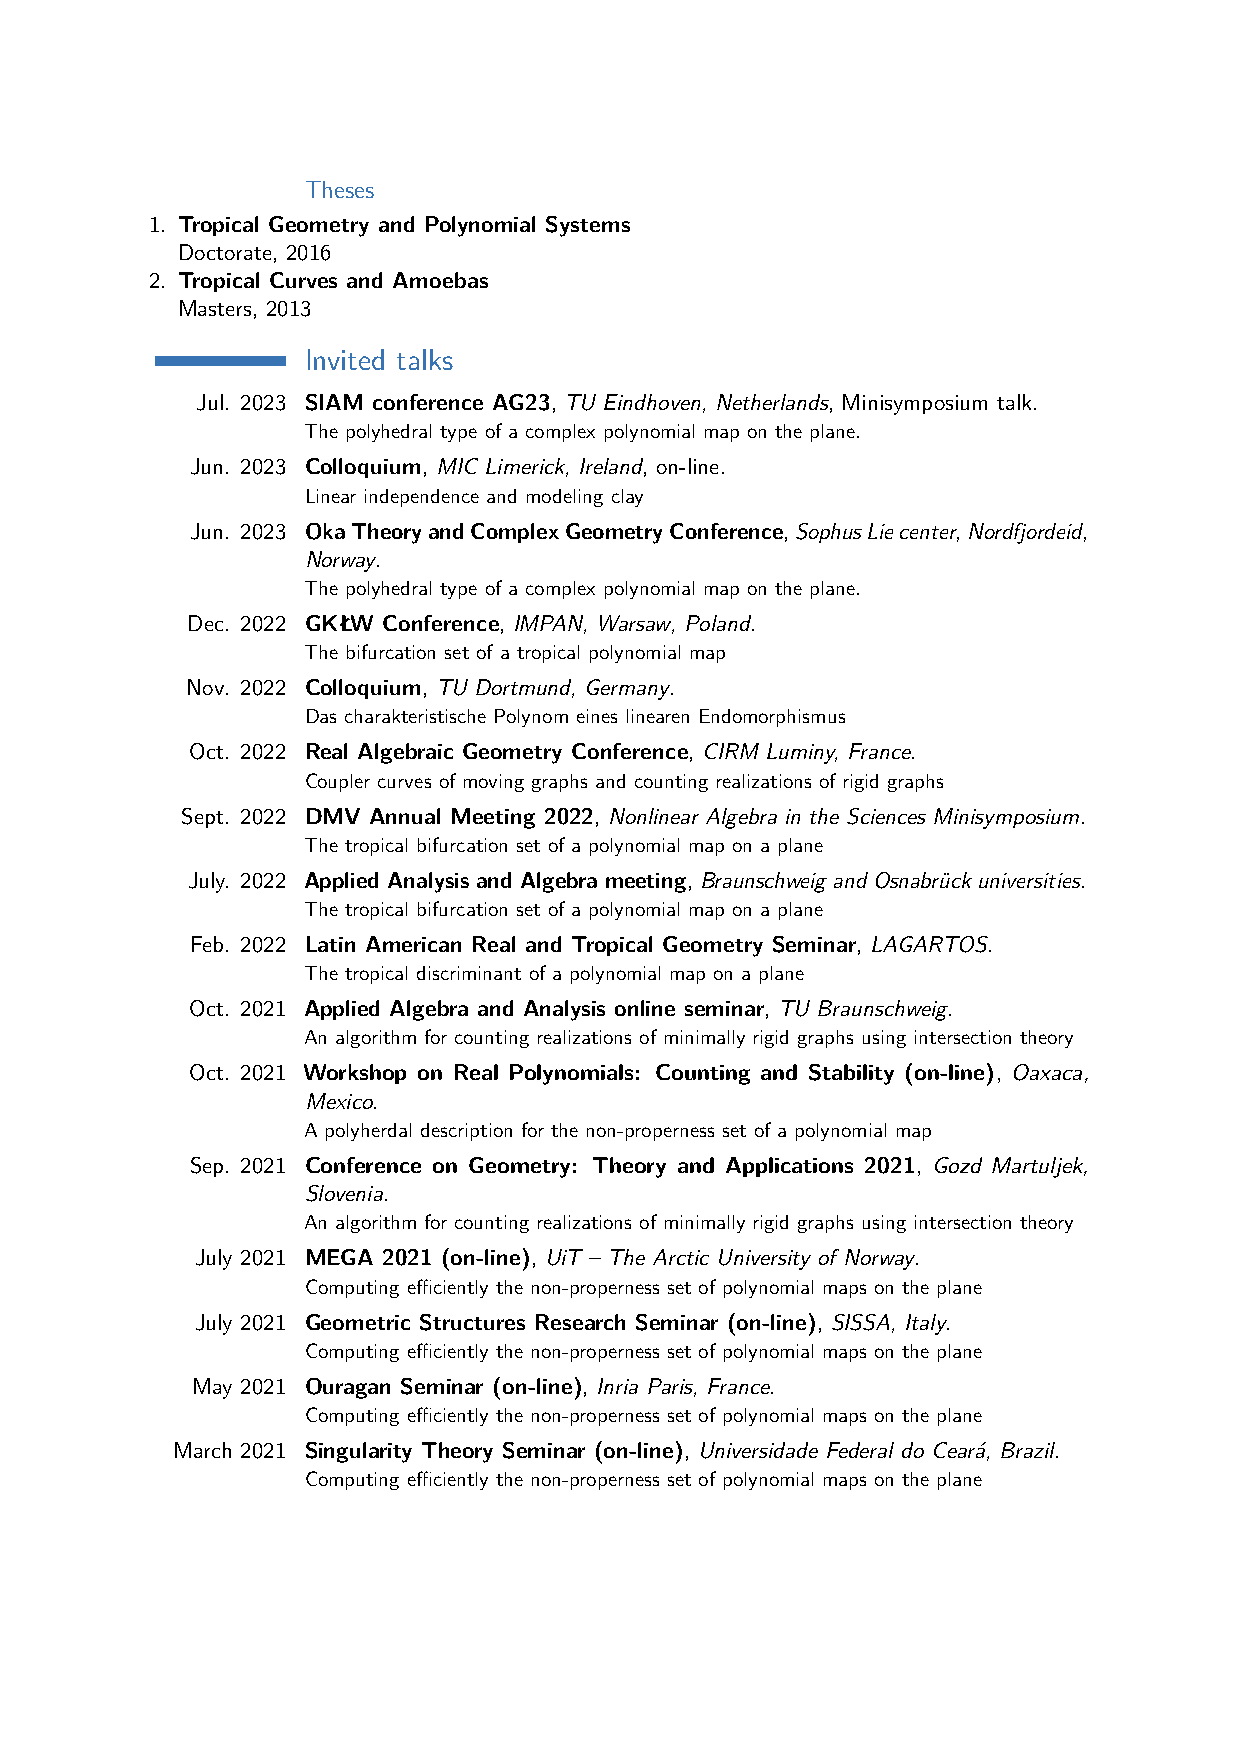
Theses
 1. Tropical Geometry and Polynomial Systems
 Doctorate, 2016
 2. Tropical Curves and Amoebas
 Masters, 2013
 Invited talks
 Jul. 2023 SIAM conference AG23, TU Eindhoven, Netherlands, Minisymposium talk.
 The polyhedral type of a complex polynomial map on the plane.
 Jun. 2023 Colloquium, MIC Limerick, Ireland, on-line.
 Linear independence and modeling clay
 Jun. 2023 OkaTheoryandComplexGeometryConference,SophusLiecenter,Nordfjordeid,
 Norway.
 The polyhedral type of a complex polynomial map on the plane.
 Dec. 2022 GKŁW Conference, IMPAN, Warsaw, Poland.
 The bifurcation set of a tropical polynomial map
 Nov. 2022 Colloquium, TU Dortmund, Germany.
 Das charakteristische Polynom eines linearen Endomorphismus
 Oct. 2022 Real Algebraic Geometry Conference, CIRM Luminy, France.
 Coupler curves of moving graphs and counting realizations of rigid graphs
 Sept. 2022 DMV Annual Meeting 2022, Nonlinear Algebra in the Sciences Minisymposium.
 The tropical bifurcation set of a polynomial map on a plane
 July. 2022 Applied Analysis and Algebra meeting, Braunschweig and Osnabrück universities.
 The tropical bifurcation set of a polynomial map on a plane
 Feb. 2022 Latin American Real and Tropical Geometry Seminar, LAGARTOS.
 The tropical discriminant of a polynomial map on a plane
 Oct. 2021 Applied Algebra and Analysis online seminar, TU Braunschweig.
 An algorithm for counting realizations of minimally rigid graphs using intersection theory
 Oct. 2021 Workshop on Real Polynomials: Counting and Stability (on-line), Oaxaca,
 Mexico.
 A polyherdal description for the non-properness set of a polynomial map
 Sep. 2021 Conference on Geometry: Theory and Applications 2021, Gozd Martuljek,
 Slovenia.
 An algorithm for counting realizations of minimally rigid graphs using intersection theory
 July 2021 MEGA 2021 (on-line), UiT – The Arctic University of Norway.
 Computing efficiently the non-properness set of polynomial maps on the plane
 July 2021 Geometric Structures Research Seminar (on-line), SISSA, Italy.
 Computing efficiently the non-properness set of polynomial maps on the plane
 May 2021 Ouragan Seminar (on-line), Inria Paris, France.
 Computing efficiently the non-properness set of polynomial maps on the plane
 March 2021 Singularity Theory Seminar (on-line), Universidade Federal do Ceará, Brazil.
 Computing efficiently the non-properness set of polynomial maps on the plane